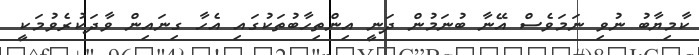
ކާމިޔާބު ނުވި ނަމަވެސް އޭނާ ބުނަމުން ދަނީ އިންތިހާބުތަކުގައި އެހާ ގިނައިން ވާދަކުރެވުމަކީ